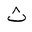
Letter: _tha